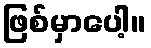
ဖြစ်မှာပေါ့။